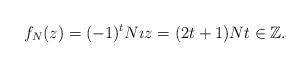
LaTeX: \begin{align*}f_{N}(z) = (-1)^{t} N \imath z = (2t+1)N t \in \mathbb{Z}.\end{align*}